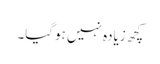
کچھ زیادہ نہیں ہوگیا۔